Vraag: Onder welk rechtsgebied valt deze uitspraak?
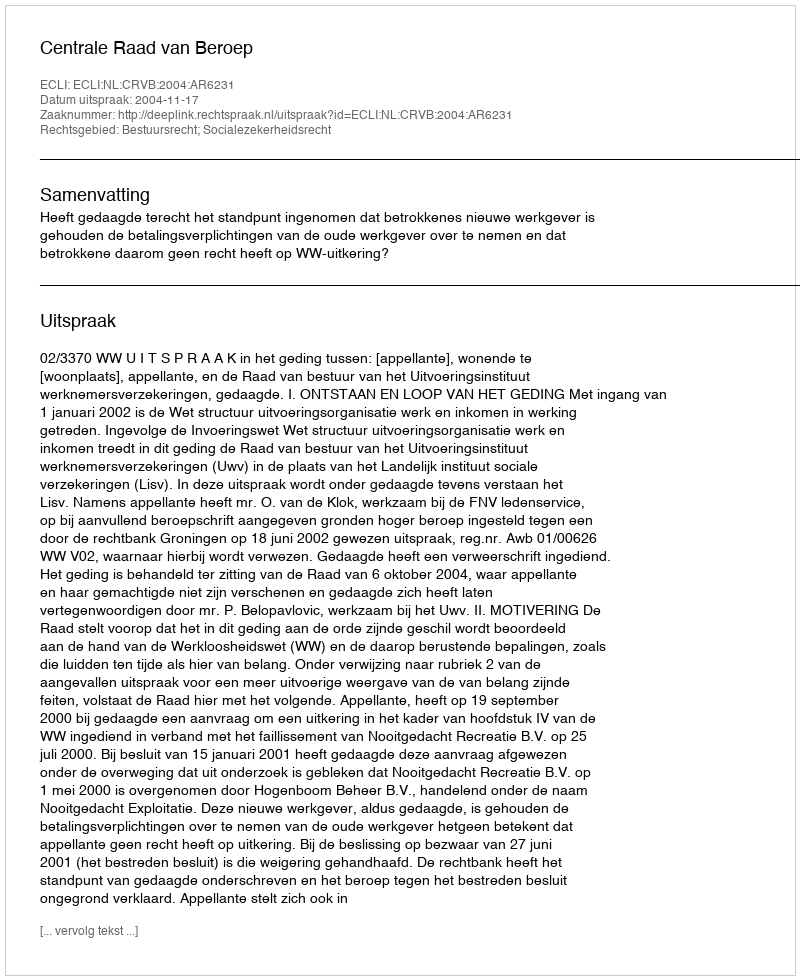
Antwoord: Bestuursrecht; Socialezekerheidsrecht